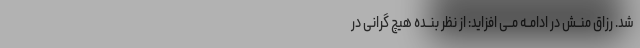
شد. رزاق منــش در ادامــه مــى افزاید: از نظر بنــده هیچ گرانى در